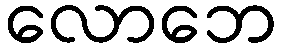
လောဘေ